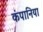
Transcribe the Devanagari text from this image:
कंपानिया